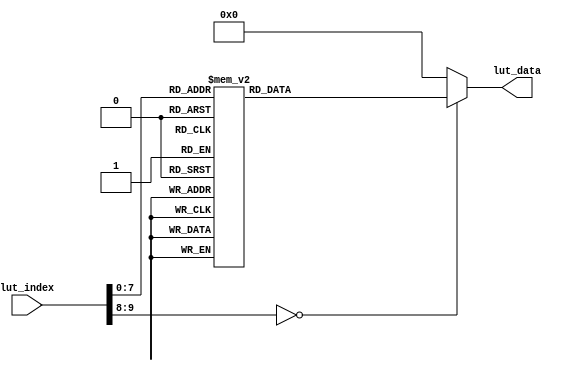
//////////////////////////////////////////////////////////////////////////////////
//                                                                              //
//                                                                              //
//          msq@qq.com                                                          //
//          ALINX(shanghai) Technology Co.,Ltd                                  //
//          heijin                                                              //
//     WEB: http://www.alinx.cn/                                                //
//     BBS: http://www.heijin.org/                                              //
//                                                                              //
//////////////////////////////////////////////////////////////////////////////////
//                                                                              //
// Copyright (c) 2017,ALINX(shanghai) Technology Co.,Ltd                        //
//                    All rights reserved                                       //
//                                                                              //
// This source file may be used and distributed without restriction provided    //
// that this copyright statement is not removed from the file and that any      //
// derivative work contains the original copyright notice and the associated    //
// disclaimer.                                                                  //
//                                                                              //
//////////////////////////////////////////////////////////////////////////////////

//================================================================================
//  Revision History:
//  Date          By            Revision    Change Description
//--------------------------------------------------------------------------------
//  2017/7/19     meisq          1.0         Original
//*******************************************************************************/

module lut_ov5640_rgb565_480_272(
	input[9:0]             lut_index,   //Look-up table address
	output reg[31:0]       lut_data     //Device address (8bit I2C address), register address, register data
);

always@(*)
begin
	case(lut_index)			  
	    10'd  0: lut_data <= {8'h78 , 24'h310311};// system clock from pad, bit[1]
	    10'd  1: lut_data <= {8'h78 , 24'h300882};// software reset, bit[7]// delay 5ms 
	    10'd  2: lut_data <= {8'h78 , 24'h300842};// software power down, bit[6]
	    10'd  3: lut_data <= {8'h78 , 24'h310303};// system clock from PLL, bit[1]
	    10'd  4: lut_data <= {8'h78 , 24'h3017ff};// FREX, Vsync, HREF, PCLK, D[9:6] output enable
	    10'd  5: lut_data <= {8'h78 , 24'h3018ff};// D[5:0], GPIO[1:0] output enable
	    10'd  6: lut_data <= {8'h78 , 24'h30341A};// MIPI 10-bit
	    10'd  7: lut_data <= {8'h78 , 24'h303713};// PLL root divider, bit[4], PLL pre-divider, bit[3:0]
	    10'd  8: lut_data <= {8'h78 , 24'h310801};// PCLK root divider, bit[5:4], SCLK2x root divider, bit[3:2] // SCLK root divider, bit[1:0] 
	    10'd  9: lut_data <= {8'h78 , 24'h363036};
	    10'd 10: lut_data <= {8'h78 , 24'h36310e};
	    10'd 11: lut_data <= {8'h78 , 24'h3632e2};
	    10'd 12: lut_data <= {8'h78 , 24'h363312};
	    10'd 13: lut_data <= {8'h78 , 24'h3621e0};
	    10'd 14: lut_data <= {8'h78 , 24'h3704a0};
	    10'd 15: lut_data <= {8'h78 , 24'h37035a};
	    10'd 16: lut_data <= {8'h78 , 24'h371578};
	    10'd 17: lut_data <= {8'h78 , 24'h371701};
	    10'd 18: lut_data <= {8'h78 , 24'h370b60};
	    10'd 19: lut_data <= {8'h78 , 24'h37051a};
	    10'd 20: lut_data <= {8'h78 , 24'h390502};
	    10'd 21: lut_data <= {8'h78 , 24'h390610};
	    10'd 22: lut_data <= {8'h78 , 24'h39010a};
	    10'd 23: lut_data <= {8'h78 , 24'h373112};
	    10'd 24: lut_data <= {8'h78 , 24'h360008};// VCM control
	    10'd 25: lut_data <= {8'h78 , 24'h360133};// VCM control
	    10'd 26: lut_data <= {8'h78 , 24'h302d60};// system control
	    10'd 27: lut_data <= {8'h78 , 24'h362052};
	    10'd 28: lut_data <= {8'h78 , 24'h371b20};
	    10'd 29: lut_data <= {8'h78 , 24'h471c50};
	    10'd 30: lut_data <= {8'h78 , 24'h3a1343};// pre-gain = 1.047x
	    10'd 31: lut_data <= {8'h78 , 24'h3a1800};// gain ceiling
	    10'd 32: lut_data <= {8'h78 , 24'h3a19f8};// gain ceiling = 15.5x
	    10'd 33: lut_data <= {8'h78 , 24'h363513};
	    10'd 34: lut_data <= {8'h78 , 24'h363603};
	    10'd 35: lut_data <= {8'h78 , 24'h363440};
	    10'd 36: lut_data <= {8'h78 , 24'h362201}; // 50/60Hz detection     50/60Hz 
	    10'd 37: lut_data <= {8'h78 , 24'h3c0134};// Band auto, bit[7]
	    10'd 38: lut_data <= {8'h78 , 24'h3c0428};// threshold low sum	 
	    10'd 39: lut_data <= {8'h78 , 24'h3c0598};// threshold high sum
	    10'd 40: lut_data <= {8'h78 , 24'h3c0600};// light meter 1 threshold[15:8]
	    10'd 41: lut_data <= {8'h78 , 24'h3c0708};// light meter 1 threshold[7:0]
	    10'd 42: lut_data <= {8'h78 , 24'h3c0800};// light meter 2 threshold[15:8]
	    10'd 43: lut_data <= {8'h78 , 24'h3c091c};// light meter 2 threshold[7:0]
	    10'd 44: lut_data <= {8'h78 , 24'h3c0a9c};// sample number[15:8]
	    10'd 45: lut_data <= {8'h78 , 24'h3c0b40};// sample number[7:0]
	    10'd 46: lut_data <= {8'h78 , 24'h381000};// Timing Hoffset[11:8]
	    10'd 47: lut_data <= {8'h78 , 24'h381110};// Timing Hoffset[7:0]
	    10'd 48: lut_data <= {8'h78 , 24'h381200};// Timing Voffset[10:8] 
	    10'd 49: lut_data <= {8'h78 , 24'h370864};
	    10'd 50: lut_data <= {8'h78 , 24'h400102};// BLC start from line 2
	    10'd 51: lut_data <= {8'h78 , 24'h40051a};// BLC always update
	    10'd 52: lut_data <= {8'h78 , 24'h300000};// enable blocks
	    10'd 53: lut_data <= {8'h78 , 24'h3004ff};// enable clocks 
	    10'd 54: lut_data <= {8'h78 , 24'h300e58};// MIPI power down, DVP enable
	    10'd 55: lut_data <= {8'h78 , 24'h302e00};
	    10'd 56: lut_data <= {8'h78 , 24'h430060};// RGB565
	    10'd 57: lut_data <= {8'h78 , 24'h501f01};// ISP RGB 
	    10'd 58: lut_data <= {8'h78 , 24'h440e00};
	    10'd 59: lut_data <= {8'h78 , 24'h5000a7}; // Lenc on, raw gamma on, BPC on, WPC on, CIP on // AEC target
	    10'd 60: lut_data <= {8'h78 , 24'h3a0f30};// stable range in high
	    10'd 61: lut_data <= {8'h78 , 24'h3a1028};// stable range in low
	    10'd 62: lut_data <= {8'h78 , 24'h3a1b30};// stable range out high
	    10'd 63: lut_data <= {8'h78 , 24'h3a1e26};// stable range out low
	    10'd 64: lut_data <= {8'h78 , 24'h3a1160};// fast zone high
	    10'd 65: lut_data <= {8'h78 , 24'h3a1f14};// fast zone low// Lens correction for
	    10'd 66: lut_data <= {8'h78 , 24'h580023};
	    10'd 67: lut_data <= {8'h78 , 24'h580114};
	    10'd 68: lut_data <= {8'h78 , 24'h58020f};
	    10'd 69: lut_data <= {8'h78 , 24'h58030f};
	    10'd 70: lut_data <= {8'h78 , 24'h580412};
	    10'd 71: lut_data <= {8'h78 , 24'h580526};
	    10'd 72: lut_data <= {8'h78 , 24'h58060c};
	    10'd 73: lut_data <= {8'h78 , 24'h580708};
	    10'd 74: lut_data <= {8'h78 , 24'h580805};
	    10'd 75: lut_data <= {8'h78 , 24'h580905};
	    10'd 76: lut_data <= {8'h78 , 24'h580a08};
	    10'd 77: lut_data <= {8'h78 , 24'h580b0d};
	    10'd 78: lut_data <= {8'h78 , 24'h580c08};
	    10'd 79: lut_data <= {8'h78 , 24'h580d03};
	    10'd 80: lut_data <= {8'h78 , 24'h580e00};
	    10'd 81: lut_data <= {8'h78 , 24'h580f00};
	    10'd 82: lut_data <= {8'h78 , 24'h581003};
	    10'd 83: lut_data <= {8'h78 , 24'h581109};
	    10'd 84: lut_data <= {8'h78 , 24'h581207};
	    10'd 85: lut_data <= {8'h78 , 24'h581303};
	    10'd 86: lut_data <= {8'h78 , 24'h581400};
	    10'd 87: lut_data <= {8'h78 , 24'h581501};
	    10'd 88: lut_data <= {8'h78 , 24'h581603};
	    10'd 89: lut_data <= {8'h78 , 24'h581708};
	    10'd 90: lut_data <= {8'h78 , 24'h58180d};
	    10'd 91: lut_data <= {8'h78 , 24'h581908};
	    10'd 92: lut_data <= {8'h78 , 24'h581a05};
	    10'd 93: lut_data <= {8'h78 , 24'h581b06};
	    10'd 94: lut_data <= {8'h78 , 24'h581c08};
	    10'd 95: lut_data <= {8'h78 , 24'h581d0e};
	    10'd 96: lut_data <= {8'h78 , 24'h581e29};
	    10'd 97: lut_data <= {8'h78 , 24'h581f17};
	    10'd 98: lut_data <= {8'h78 , 24'h582011};
	    10'd 99: lut_data <= {8'h78 , 24'h582111};
	    10'd100: lut_data <= {8'h78 , 24'h582215};
	    10'd101: lut_data <= {8'h78 , 24'h582328};
	    10'd102: lut_data <= {8'h78 , 24'h582446};
	    10'd103: lut_data <= {8'h78 , 24'h582526};
	    10'd104: lut_data <= {8'h78 , 24'h582608};
	    10'd105: lut_data <= {8'h78 , 24'h582726};
	    10'd106: lut_data <= {8'h78 , 24'h582864};
	    10'd107: lut_data <= {8'h78 , 24'h582926};
	    10'd108: lut_data <= {8'h78 , 24'h582a24};
	    10'd109: lut_data <= {8'h78 , 24'h582b22};
	    10'd110: lut_data <= {8'h78 , 24'h582c24};
	    10'd111: lut_data <= {8'h78 , 24'h582d24};
	    10'd112: lut_data <= {8'h78 , 24'h582e06};
	    10'd113: lut_data <= {8'h78 , 24'h582f22};
	    10'd114: lut_data <= {8'h78 , 24'h583040};
	    10'd115: lut_data <= {8'h78 , 24'h583142};
	    10'd116: lut_data <= {8'h78 , 24'h583224};
	    10'd117: lut_data <= {8'h78 , 24'h583326};
	    10'd118: lut_data <= {8'h78 , 24'h583424};
	    10'd119: lut_data <= {8'h78 , 24'h583522};
	    10'd120: lut_data <= {8'h78 , 24'h583622};
	    10'd121: lut_data <= {8'h78 , 24'h583726};
	    10'd122: lut_data <= {8'h78 , 24'h583844};
	    10'd123: lut_data <= {8'h78 , 24'h583924};
	    10'd124: lut_data <= {8'h78 , 24'h583a26};
	    10'd125: lut_data <= {8'h78 , 24'h583b28};
	    10'd126: lut_data <= {8'h78 , 24'h583c42};
	    10'd127: lut_data <= {8'h78 , 24'h583dce};// lenc BR offset
	    10'd128: lut_data <= {8'h78 , 24'h5180ff};// AWB B block
	    10'd129: lut_data <= {8'h78 , 24'h5181f2};// AWB control 
	    10'd130: lut_data <= {8'h78 , 24'h518200};// [7:4] max local counter, [3:0] max fast counter
	    10'd131: lut_data <= {8'h78 , 24'h518314};// AWB advanced 
	    10'd132: lut_data <= {8'h78 , 24'h518425};
	    10'd133: lut_data <= {8'h78 , 24'h518524};
	    10'd134: lut_data <= {8'h78 , 24'h518609};
	    10'd135: lut_data <= {8'h78 , 24'h518709};
	    10'd136: lut_data <= {8'h78 , 24'h518809};
	    10'd137: lut_data <= {8'h78 , 24'h518975};
	    10'd138: lut_data <= {8'h78 , 24'h518a54};
	    10'd139: lut_data <= {8'h78 , 24'h518be0};
	    10'd140: lut_data <= {8'h78 , 24'h518cb2};
	    10'd141: lut_data <= {8'h78 , 24'h518d42};
	    10'd142: lut_data <= {8'h78 , 24'h518e3d};
	    10'd143: lut_data <= {8'h78 , 24'h518f56};
	    10'd144: lut_data <= {8'h78 , 24'h519046};
	    10'd145: lut_data <= {8'h78 , 24'h5191f8};// AWB top limit
	    10'd146: lut_data <= {8'h78 , 24'h519204};// AWB bottom limit
	    10'd147: lut_data <= {8'h78 , 24'h519370};// red limit
	    10'd148: lut_data <= {8'h78 , 24'h5194f0};// green limit
	    10'd149: lut_data <= {8'h78 , 24'h5195f0};// blue limit
	    10'd150: lut_data <= {8'h78 , 24'h519603};// AWB control
	    10'd151: lut_data <= {8'h78 , 24'h519701};// local limit 
	    10'd152: lut_data <= {8'h78 , 24'h519804};
	    10'd153: lut_data <= {8'h78 , 24'h519912};
	    10'd154: lut_data <= {8'h78 , 24'h519a04};
	    10'd155: lut_data <= {8'h78 , 24'h519b00};
	    10'd156: lut_data <= {8'h78 , 24'h519c06};
	    10'd157: lut_data <= {8'h78 , 24'h519d82};
	    10'd158: lut_data <= {8'h78 , 24'h519e38};// AWB control
	    10'd159: lut_data <= {8'h78 , 24'h548001};// Gamma bias plus on, bit[0] 
	    10'd160: lut_data <= {8'h78 , 24'h548108};
	    10'd161: lut_data <= {8'h78 , 24'h548214};
	    10'd162: lut_data <= {8'h78 , 24'h548328};
	    10'd163: lut_data <= {8'h78 , 24'h548451};
	    10'd164: lut_data <= {8'h78 , 24'h548565};
	    10'd165: lut_data <= {8'h78 , 24'h548671};
	    10'd166: lut_data <= {8'h78 , 24'h54877d};
	    10'd167: lut_data <= {8'h78 , 24'h548887};
	    10'd168: lut_data <= {8'h78 , 24'h548991};
	    10'd169: lut_data <= {8'h78 , 24'h548a9a};
	    10'd170: lut_data <= {8'h78 , 24'h548baa};
	    10'd171: lut_data <= {8'h78 , 24'h548cb8};
	    10'd172: lut_data <= {8'h78 , 24'h548dcd};
	    10'd173: lut_data <= {8'h78 , 24'h548edd};
	    10'd174: lut_data <= {8'h78 , 24'h548fea};
	    10'd175: lut_data <= {8'h78 , 24'h54901d};// color matrix  
	    10'd176: lut_data <= {8'h78 , 24'h53811e};// CMX1 for Y
	    10'd177: lut_data <= {8'h78 , 24'h53825b};// CMX2 for Y
	    10'd178: lut_data <= {8'h78 , 24'h538308};// CMX3 for Y
	    10'd179: lut_data <= {8'h78 , 24'h53840a};// CMX4 for U
	    10'd180: lut_data <= {8'h78 , 24'h53857e};// CMX5 for U
	    10'd181: lut_data <= {8'h78 , 24'h538688};// CMX6 for U
	    10'd182: lut_data <= {8'h78 , 24'h53877c};// CMX7 for V
	    10'd183: lut_data <= {8'h78 , 24'h53886c};// CMX8 for V
	    10'd184: lut_data <= {8'h78 , 24'h538910};// CMX9 for V
	    10'd185: lut_data <= {8'h78 , 24'h538a01};// sign[9]
	    10'd186: lut_data <= {8'h78 , 24'h538b98}; // sign[8:1] // UV adjust   
	    10'd187: lut_data <= {8'h78 , 24'h558006};// saturation on, bit[1]
	    10'd188: lut_data <= {8'h78 , 24'h558340};
	    10'd189: lut_data <= {8'h78 , 24'h558410};
	    10'd190: lut_data <= {8'h78 , 24'h558910};
	    10'd191: lut_data <= {8'h78 , 24'h558a00};
	    10'd192: lut_data <= {8'h78 , 24'h558bf8};
	    10'd193: lut_data <= {8'h78 , 24'h501d40};// enable manual offset of contrast
	    10'd194: lut_data <= {8'h78 , 24'h530008};// CIP sharpen MT threshold 1
	    10'd195: lut_data <= {8'h78 , 24'h530130};// CIP sharpen MT threshold 2
	    10'd196: lut_data <= {8'h78 , 24'h530210};// CIP sharpen MT offset 1
	    10'd197: lut_data <= {8'h78 , 24'h530300};// CIP sharpen MT offset 2
	    10'd198: lut_data <= {8'h78 , 24'h530408};// CIP DNS threshold 1
	    10'd199: lut_data <= {8'h78 , 24'h530530};// CIP DNS threshold 2
	    10'd200: lut_data <= {8'h78 , 24'h530608};// CIP DNS offset 1
	    10'd201: lut_data <= {8'h78 , 24'h530716};// CIP DNS offset 2 
	    10'd202: lut_data <= {8'h78 , 24'h530908};// CIP sharpen TH threshold 1
	    10'd203: lut_data <= {8'h78 , 24'h530a30};// CIP sharpen TH threshold 2
	    10'd204: lut_data <= {8'h78 , 24'h530b04};// CIP sharpen TH offset 1
	    10'd205: lut_data <= {8'h78 , 24'h530c06};// CIP sharpen TH offset 2
	    10'd206: lut_data <= {8'h78 , 24'h502500};
	    10'd207: lut_data <= {8'h78 , 24'h300802}; // wake up from standby, bit[6]
	    10'd208: lut_data <= {8'h78 , 24'h303511};// PLL
	    10'd209: lut_data <= {8'h78 , 24'h303646};// PLL
	    10'd210: lut_data <= {8'h78 , 24'h3c0708};// light meter 1 threshold [7:0]
	    10'd211: lut_data <= {8'h78 , 24'h382047};// Sensor flip off, ISP flip on
	    10'd212: lut_data <= {8'h78 , 24'h382101};// Sensor mirror on, ISP mirror on, H binning on
	    10'd213: lut_data <= {8'h78 , 24'h381431};// X INC 
	    10'd214: lut_data <= {8'h78 , 24'h381531};// Y INC
	    10'd215: lut_data <= {8'h78 , 24'h380000};// HS: X address start high byte
	    10'd216: lut_data <= {8'h78 , 24'h380100};// HS: X address start low byte
	    10'd217: lut_data <= {8'h78 , 24'h380200};// VS: Y address start high byte
	    10'd218: lut_data <= {8'h78 , 24'h380304};// VS: Y address start high byte 
	    10'd219: lut_data <= {8'h78 , 24'h38040a};// HW (HE)         
	    10'd220: lut_data <= {8'h78 , 24'h38053f};// HW (HE)
	    10'd221: lut_data <= {8'h78 , 24'h380607};// VH (VE)         
	    10'd222: lut_data <= {8'h78 , 24'h38079b};// VH (VE)      
	    10'd223: lut_data <= {8'h78 , 24'h380801};// DVPHO           //480
	    10'd224: lut_data <= {8'h78 , 24'h3809e0};// DVPHO
	    10'd225: lut_data <= {8'h78 , 24'h380a01};// DVPVO           //272
	    10'd226: lut_data <= {8'h78 , 24'h380b10};// DVPVO
	    10'd227: lut_data <= {8'h78 , 24'h380c07};// HTS            //Total horizontal size 
	    10'd228: lut_data <= {8'h78 , 24'h380d68};// HTS
	    10'd229: lut_data <= {8'h78 , 24'h380e03};// VTS            //total vertical size
	    10'd230: lut_data <= {8'h78 , 24'h380fd8};// VTS 
	    10'd231: lut_data <= {8'h78 , 24'h381306};// Timing Voffset 
	    10'd232: lut_data <= {8'h78 , 24'h361800};
	    10'd233: lut_data <= {8'h78 , 24'h361229};
	    10'd234: lut_data <= {8'h78 , 24'h370952};
	    10'd235: lut_data <= {8'h78 , 24'h370c03}; 
	    10'd236: lut_data <= {8'h78 , 24'h3a0217};// 60Hz max exposure, night mode 5fps
	    10'd237: lut_data <= {8'h78 , 24'h3a0310};// 60Hz max exposure // banding filters are calculated automatically in camera driver
	    10'd238: lut_data <= {8'h78 , 24'h3a1417};// 50Hz max exposure, night mode 5fps
	    10'd239: lut_data <= {8'h78 , 24'h3a1510};// 50Hz max exposure     
	    10'd240: lut_data <= {8'h78 , 24'h400402};// BLC 2 lines 
	    10'd241: lut_data <= {8'h78 , 24'h30021c};// reset JFIFO, SFIFO, JPEG
	    10'd242: lut_data <= {8'h78 , 24'h3006c3};// disable clock of JPEG2x, JPEG
	    10'd243: lut_data <= {8'h78 , 24'h471303};// JPEG mode 3
	    10'd244: lut_data <= {8'h78 , 24'h440704};// Quantization scale 
	    10'd245: lut_data <= {8'h78 , 24'h460b35};
	    10'd246: lut_data <= {8'h78 , 24'h460c22};
	    10'd247: lut_data <= {8'h78 , 24'h483722}; // DVP CLK divider
	    10'd248: lut_data <= {8'h78 , 24'h382402}; // DVP CLK divider 
	    10'd249: lut_data <= {8'h78 , 24'h5001a3}; // SDE on, scale on, UV average off, color matrix on, AWB on
	    10'd250: lut_data <= {8'h78 , 24'h350300}; // AEC/AGC on 
	    10'd251: lut_data <= {8'h78 , 24'h301602}; //Strobe output enable
	    10'd252: lut_data <= {8'h78 , 24'h3b070a}; //FREX strobe mode1		  
	    10'd253: lut_data <= {8'h78 , 24'h3b0083}; //STROBE CTRL: strobe request ON, Strobe mode: LED3 
	    10'd254: lut_data <= {8'h78 , 24'h3b0000}; //STROBE CTRL: strobe request OFF
		10'd255: lut_data <= {8'hff , 24'hffffff};
		default:lut_data <= {8'h00,16'h0000,8'h00};
	endcase
end


endmodule